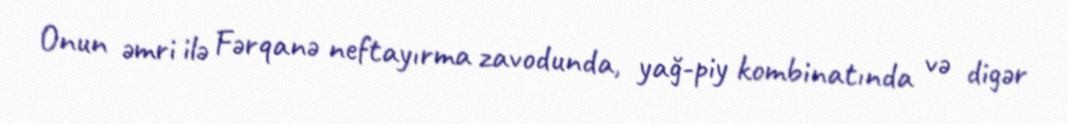
Onun əmri ilə Fərqanə neftayırma zavodunda, yağ-piy kombinatında və digər